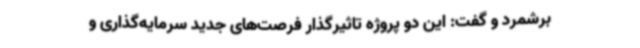
برشمرد و گفت: این دو پروژه تاثیرگذار فرصت‌های جدید سرمایه‌گذاری و